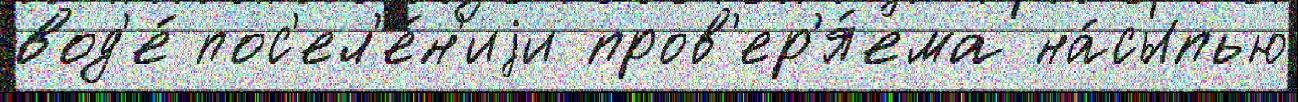
вод'е́ пос'ел'е́н'иjи пров'ер'я́ема на́сыпью